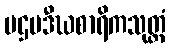
ပဌမဒီဃစာရိကသုတ္တံ